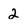
Character: 2